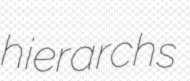
hierarchs